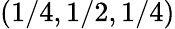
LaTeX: (1/4,1/2,1/4)